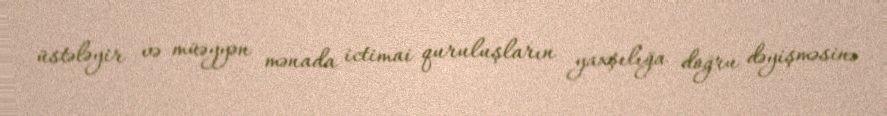
üstələyir və müəyyən mənada ictimai quruluşların yaxşılığa doğru dəyişməsinə